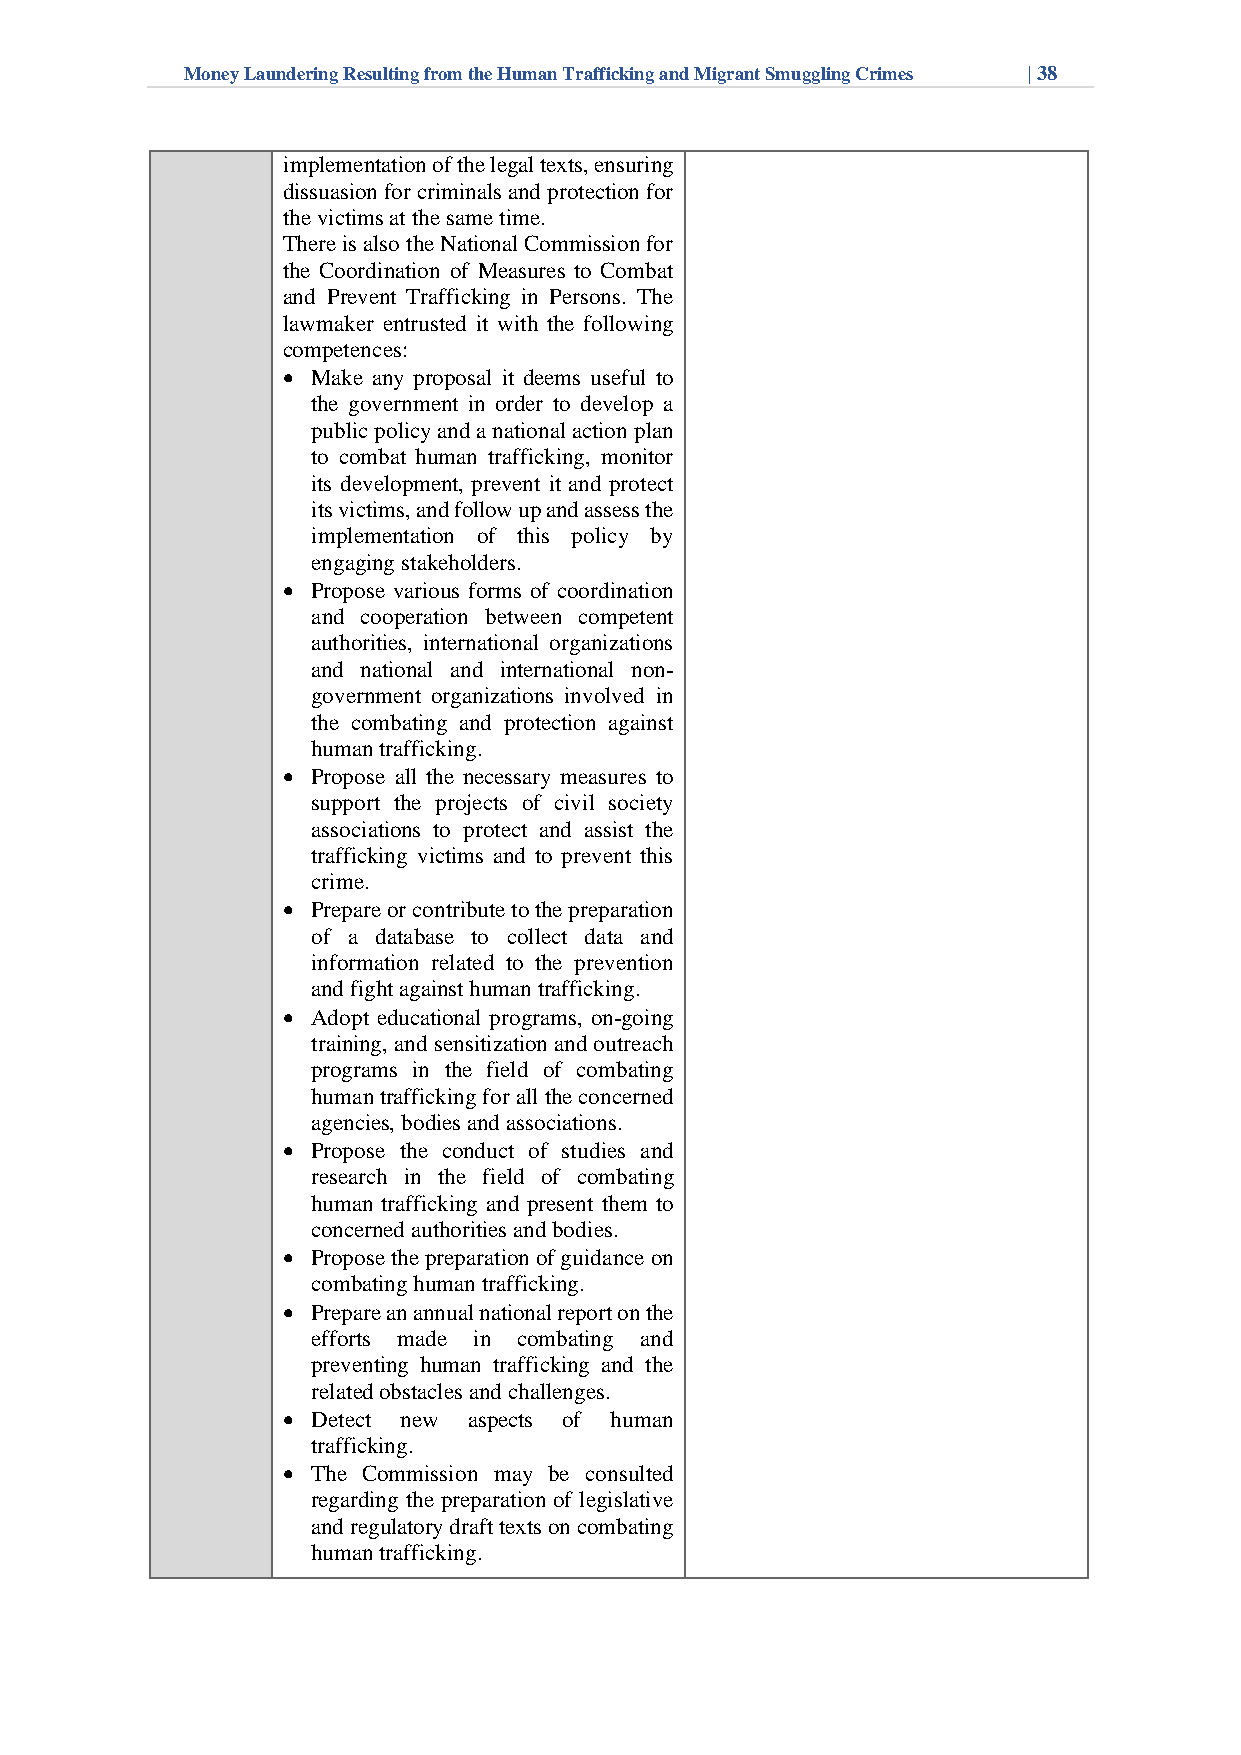
Money Laundering Resulting from the Human Trafficking and Migrant Smuggling Crimes | 38
 implementation of the legal texts, ensuring
 dissuasion for criminals and protection for
 the victims at the same time.
 There is also the National Commission for
 the Coordination of Measures to Combat
 and Prevent Trafficking in Persons. The
 lawmaker entrusted it with the following
 competences:
 • Make any proposal it deems useful to
 the government in order to develop a
 public policy and a national action plan
 to combat human trafficking, monitor
 its development, prevent it and protect
 its victims, and follow up and assess the
 implementation of this policy by
 engaging stakeholders.
 • Propose various forms of coordination
 and cooperation between competent
 authorities, international organizations
 and national and international non-
 government organizations involved in
 the combating and protection against
 human trafficking.
 • Propose all the necessary measures to
 support the projects of civil society
 associations to protect and assist the
 trafficking victims and to prevent this
 crime.
 • Prepare or contribute to the preparation
 of a database to collect data and
 information related to the prevention
 and fight against human trafficking.
 • Adopt educational programs, on-going
 training, and sensitization and outreach
 programs in the field of combating
 human trafficking for all the concerned
 agencies, bodies and associations.
 • Propose the conduct of studies and
 research in the field of combating
 human trafficking and present them to
 concerned authorities and bodies.
 • Propose the preparation of guidance on
 combating human trafficking.
 • Prepare an annual national report on the
 efforts made in combating and
 preventing human trafficking and the
 related obstacles and challenges.
 • Detect new aspects of human
 trafficking.
 • The Commission may be consulted
 regarding the preparation of legislative
 and regulatory draft texts on combating
 human trafficking.